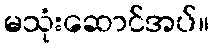
မသုံးဆောင်အပ်။